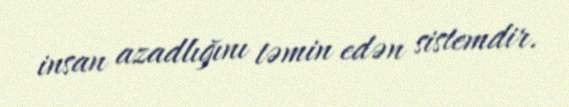
insan azadlığını təmin edən sistemdir.